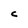
Character: c